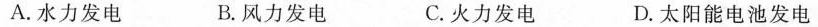
A.水力发电 B.风力发电 C.火力发电 D.太阳能电池发电